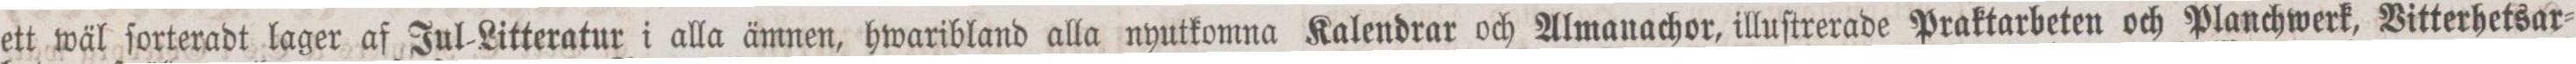
ett wäl ſorteradt lager af Jul-Litteratur i alla ämnen, hwaribland alla nyutkomna Kalendrar och Almanachor, illuſtrerade Praktarbeten och Planchwerk, Vitterhetsar=